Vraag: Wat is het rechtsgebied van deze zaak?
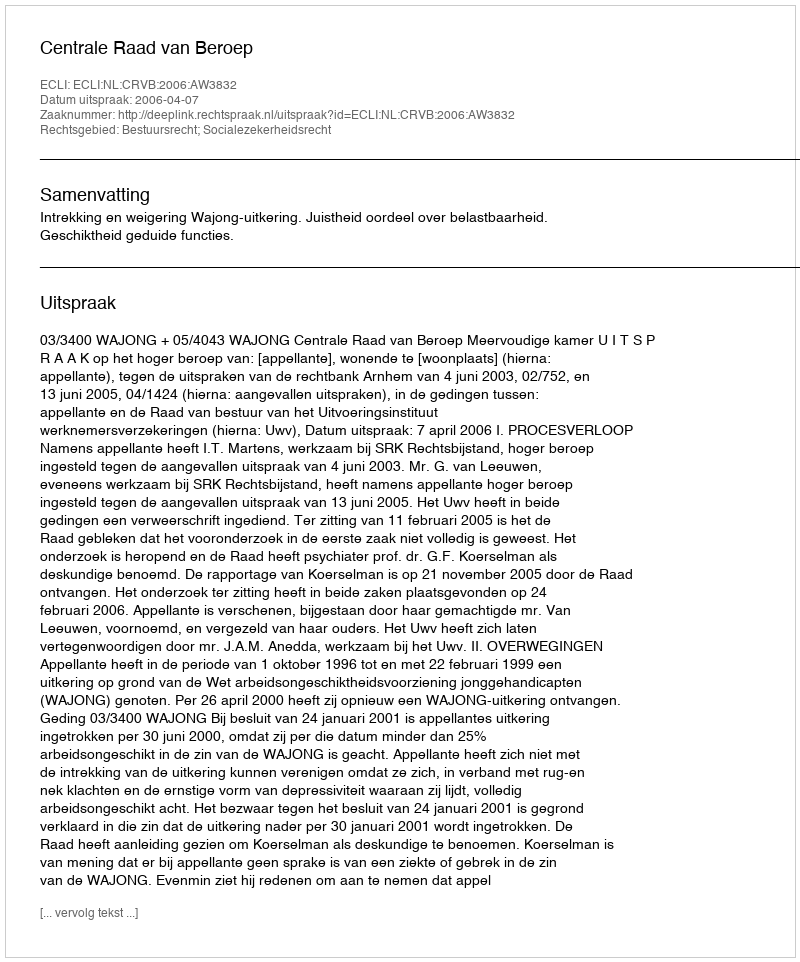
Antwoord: Bestuursrecht; Socialezekerheidsrecht